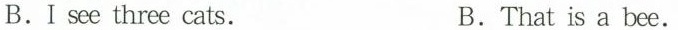
B.I sce three cats. B.That is a bee.